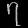
Digit: ၇